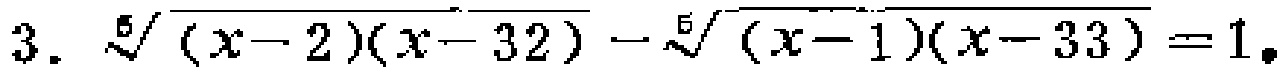
\[3.\ \sqrt[5]{(x - 2)(x - 32)}-\sqrt[5]{(x - 1)(x - 33)} = 1\]